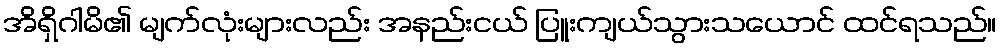
အိရှိဂါမိ၏ မျက်လုံးများလည်း အနည်းငယ် ပြူးကျယ်သွားသယောင် ထင်ရသည်။